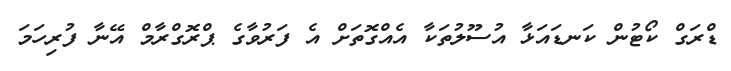
ޑްރަގް ކޯޓުން ކަނޑައަޅާ އުސޫލުތަކާ އެއްގޮތަށް އެ ފަރުވާގެ ޕްރޮގްރާމް އޭނާ ފުރިހަމަ